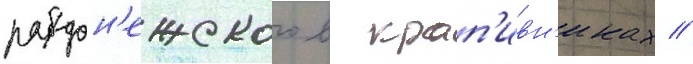
радон'ежского в крап'ивн'иках //